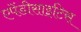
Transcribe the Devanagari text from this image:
एपेंडीसाइटिस